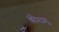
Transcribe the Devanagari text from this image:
बोरागू